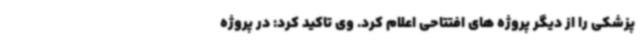
پزشکی را از دیگر پروژه های افتتاحی اعلام کرد. وی تاکید کرد: در پروژه